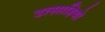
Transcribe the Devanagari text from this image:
उत्साहियो